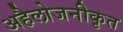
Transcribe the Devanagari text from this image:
अहैलोजनीकृत